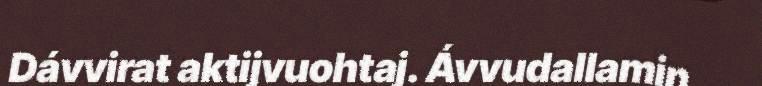
Dávvirat aktijvuohtaj. Ávvudallamin